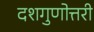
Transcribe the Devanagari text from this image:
दशगुणोत्तरी